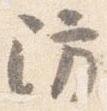
防